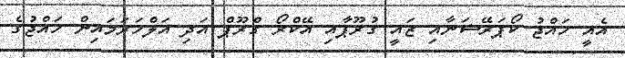
އެއީ ހައްޖު ކޯޕަރޭޝަނާއި ޒައީ ގުރޫޕާއި އޭކްރޯ ގްރޫޕް އަދި އަލްހަރަމައިން ހައްޖުގެ